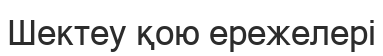
Шектеу қою ережелері